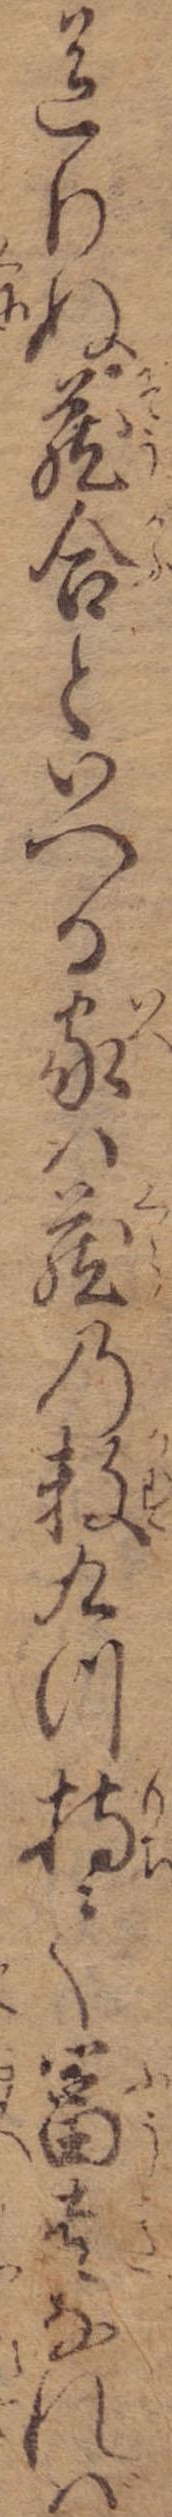
送りぬ蔵合といへる家は蔵の数九つ持て富貴なれば